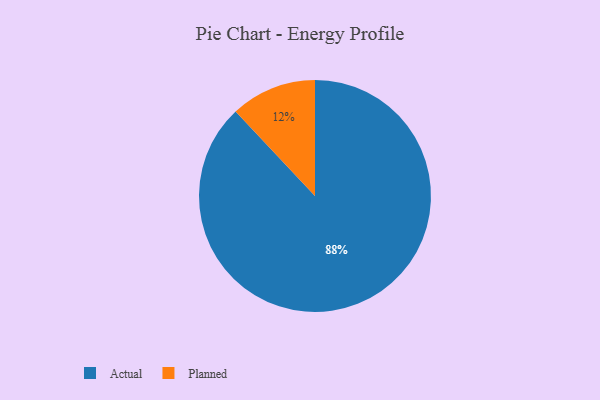
{"axis": {"x": "Category", "y": "Percentage"}, "legend": ["Actual", "Planned"], "data": [{"x": "Actual", "y": 88, "type": "Actual"}, {"x": "Planned", "y": 12, "type": "Planned"}]}